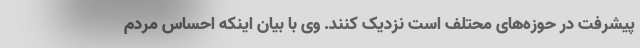
پیشرفت در حوزه‌های محتلف است نزدیک کنند. وی با بیان اینکه احساس مردم